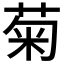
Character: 菊